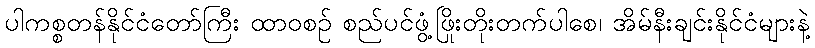
ပါကစ္စတန်နိုင်ငံတော်ကြီး ထာဝစဉ် စည်ပင်ဖွံ့ဖြိုးတိုးတက်ပါစေ၊ အိမ်နီးချင်းနိုင်ငံများနဲ့